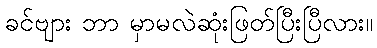
ခင်ဗျား ဘာ မှာမလဲဆုံးဖြတ်ပြီးပြီလား။